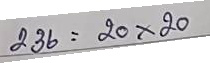
236 = 20 x 20